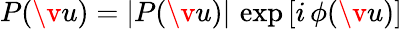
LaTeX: P(\v u)=|P(\v u)|\, \exp\left[i\, \phi(\v u)\right]